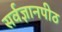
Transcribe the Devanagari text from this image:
सर्वज्ञानपीठ